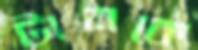
টানকে